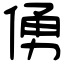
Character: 𠋀